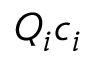
Q _ { i } c _ { i }